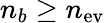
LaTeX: n_{b}\geq n_{\mathrm{ev}}